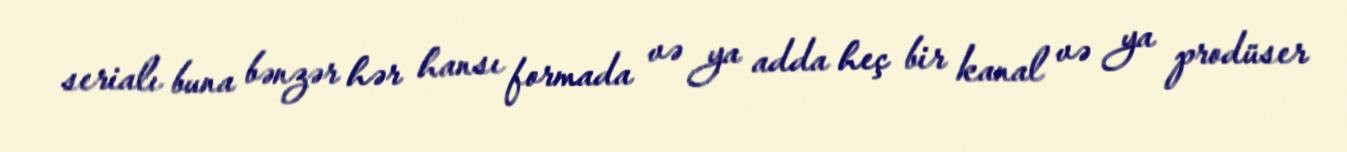
serialı buna bənzər hər hansı formada və ya adda heç bir kanal və ya prodüser